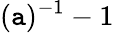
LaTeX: (\mathtt{a})^{-1}-1